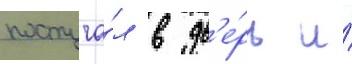
постуча́л в дв'е́рь и́